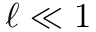
\ell \ll 1